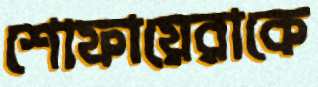
শোফায়েরাকে